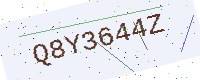
Text: Q8Y3644Z